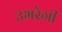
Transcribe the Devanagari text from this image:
उभरेगी